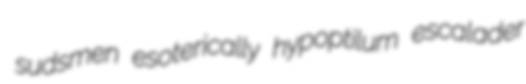
sudsmen esoterically hypoptilum escalader